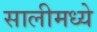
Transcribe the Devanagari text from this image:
सालीमध्ये